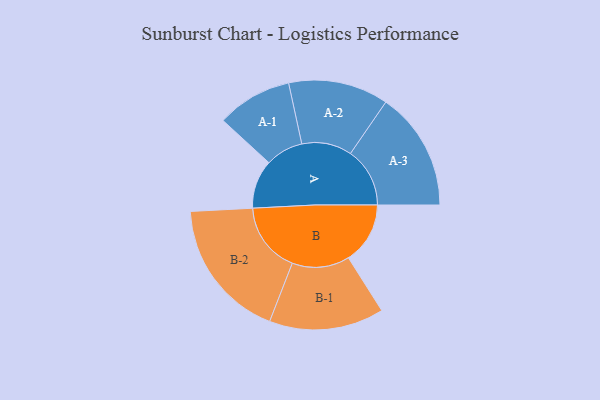
{"axis": {"x": "Segment", "y": "Value"}, "legend": ["", "A", "B"], "data": [{"x": "A", "y": 146, "type": ""}, {"x": "B", "y": 185, "type": ""}, {"x": "A-1", "y": 113, "type": "A"}, {"x": "A-2", "y": 150, "type": "A"}, {"x": "A-3", "y": 178, "type": "A"}, {"x": "B-1", "y": 172, "type": "B"}, {"x": "B-2", "y": 211, "type": "B"}]}